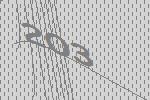
203